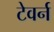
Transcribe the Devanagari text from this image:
टेवर्न